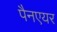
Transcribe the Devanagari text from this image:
पैनएयर